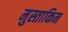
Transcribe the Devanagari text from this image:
मुस्ताकिम